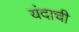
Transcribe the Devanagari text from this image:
यंदाची